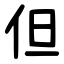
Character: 但